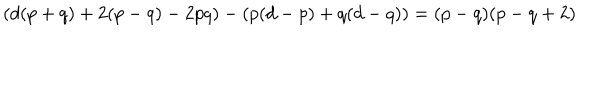
\left( d ( p + q ) + 2 ( p - q ) - 2 p q \right) - \left( p ( d - p ) + q ( d - q ) \right) = ( p - q ) ( p - q + 2 )